Annual administration report of the Civil Veterinary Department of India - 1896-1897
Year: 1896
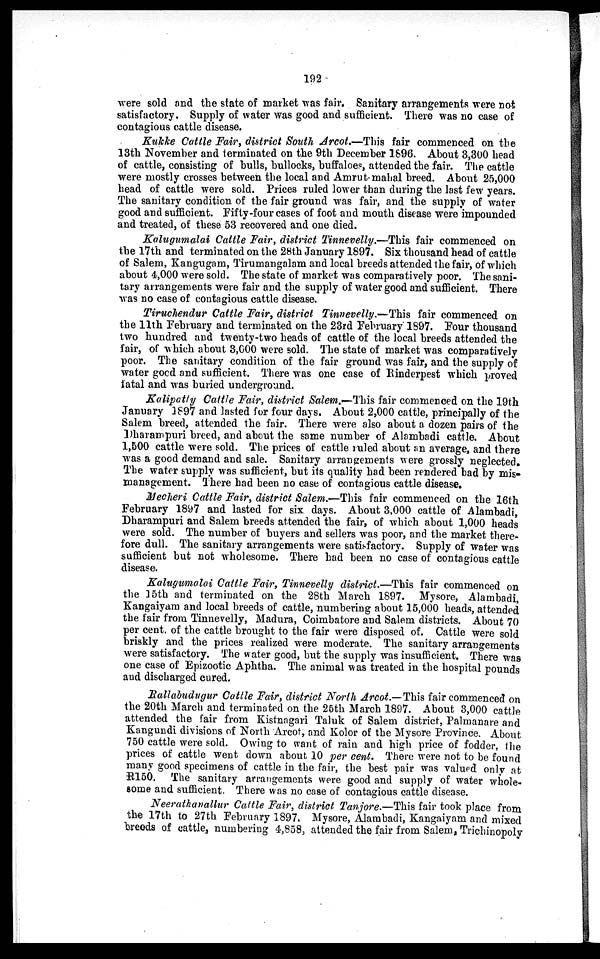
192
were sold and the state of market was fair. Sanitary arrangements were not
satisfactory. Supply of water was good and sufficient. There was no case of
contagious cattle disease.
Kukke Cattle Fair, district South Arcot.—This fair commenced on the
13th November and terminated on the 9th December 1896. About 3,300 head
of cattle, consisting of bulls, bullocks, buffaloes, attended the fair. The cattle
were mostly crosses between the local and Amrut mahal breed. About 25,000
head of cattle were sold. Prices ruled lower than during the last few years.
The sanitary condition of the fair ground was fair, and the supply of water
good and sufficient. Fifty-four cases of foot and mouth disease were impounded
and treated, of these 53 recovered and one died.
Kalugumalai Cattle Fair, district Tinnevelly.—This fair commenced on
the 17th and terminated on the 28th January 1897. Six thousand head of cattle
of Salem, Kangugam, Tirumangalam and local breeds attended the fair, of which
about 4,000 were sold. The state of market was comparatively poor. The sani-
tary arrangements were fair and the supply of water good and sufficient. There
was no case of contagious cattle disease.
Tiruchendur Cattle Fair, district Tinnevelly.—This fair commenced on
the 11th February and terminated on the 23rd February 1897. Four thousand
two hundred and twenty-two heads of cattle of the local breeds attended the
fair, of which about 3,000 were sold. The state of market was comparatively
poor. The sanitary condition of the fair ground was fair, and the supply of
water good and sufficient. There was one case of Rinderpest which proved
fatal and was buried underground.
Kalipatly Cattle Fair, district Salem.—This fair commenced on the 19th
January 1897 and lasted for four days. About 2,000 cattle, principally of the
Salem breed, attended the fair. There were also about a dozen pairs of the
Dharampuri breed, and about the same number of Alambadi cattle. About
1,500 cattle were sold. The prices of cattle ruled about an average, and there
was a good demand and sale. Sanitary arrangements were grossly neglected.
The water supply was sufficient, but its quality had been rendered bad by mis-
management. There had been no case of contagious cattle disease.
Mecheri Cattle Fair, district Salem.—This fair commenced on the 16th
February 1897 and lasted for six days. About 3,000 cattle of Alambadi,
Dharampuri and Salem breeds attended the fair, of which about 1,000 heads
were sold. The number of buyers and sellers was poor, and the market there-
fore dull. The sanitary arrangements were satisfactory. Supply of water was
sufficient but not wholesome. There had been no case of contagious cattle
disease.
Kalugumalai Cattle Fair, Tinnevelly district.—This fair commenced on
the 15th and terminated on the 28th March 1897. Mysore, Alambadi,
Kangaiyam and local breeds of cattle, numbering about 15,000 heads, attended
the fair from Tinnevelly, Madura, Coimbatore and Salem districts. About 70
per cent. of the cattle brought to the fair were disposed of. Cattle were sold
briskly and the prices realized were moderate. The sanitary arrangements
were satisfactory. The water good, but the supply was insufficient. There was
one case of Epizootic Aphtha. The animal was treated in the hospital pounds
and discharged cured.
Rallabudugur Cattle Fair, district North Arcot.—This fair commenced on
the 20th March and terminated on the 25th March 1897. About 3,000 cattle
attended the fair from Kistnagari Taluk of Salem district, Palmanare and
Kangundi divisions of North Arcot, and Kolor of the Mysore Province. About
750 cattle were sold. Owing to want of rain and high price of fodder, the
prices of cattle went down about 10 per cent. There were not to be found
many good specimens of cattle in the fair, the best pair was valued only at
R150. The sanitary arrangements were good and supply of water whole-
some and sufficient. There was no case of contagious cattle disease.
Neerathanallur Cattle Fair, district Tanjore.—This fair took place from
the 17th to 27th February 1897. Mysore, Alambadi, Kangaiyam and mixed
breeds of cattle, numbering 4,858, attended the fair from Salem, Trichinopoly